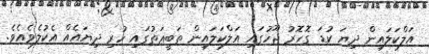
އަލްކަލައިން ދިޔަ ކުޑަ ގޮހޮރު ޖޫހުގައި އަލްކަލައިން ތަބީޢަތުގައި ހުރި ދިޔައެއް އެކުލެވެއެވެ.